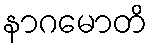
နာဂမောတိ